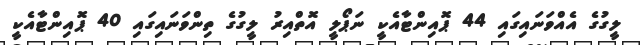
ލީގުގެ އެއްވަނައިގައި 44 ޕޮއިންޓާއެކީ ނަޕޯލީ އޮތްއިރު ލީގުގެ ތިންވަނައިގައި 40 ޕޮއިންޓާއެކީ